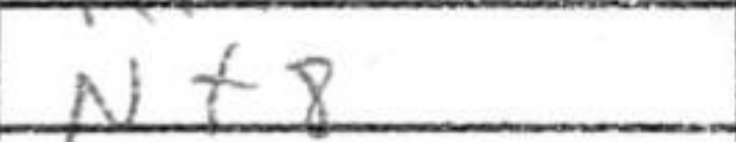
Transcription: Nf8